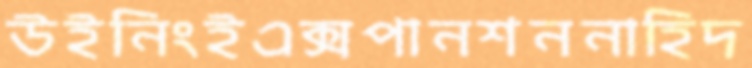
উইনিংইএক্সপানশননাহিদ